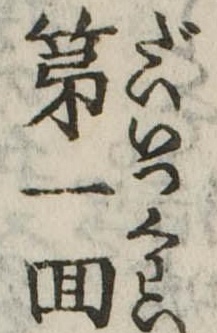
第一回